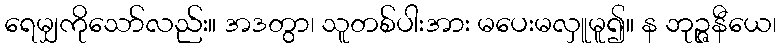
ရေမျှကိုသော်လည်း။ အဒတွာ၊ သူတစ်ပါးအား မပေးမလှူမူ၍။ န ဘုဉ္ဇနီယေ၊